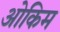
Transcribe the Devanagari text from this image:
ओकिम